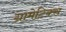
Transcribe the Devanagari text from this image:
ग्रामेटिक्स